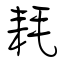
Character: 耗